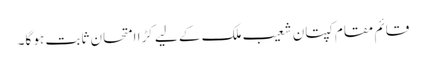
قائم مقام کپتان شعیب ملک کے لیے کڑا امتحان ثابت ہو گا۔